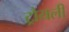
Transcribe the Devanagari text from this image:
ट्रौयली